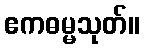
ဧကဓမ္မသုတ်။